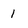
Character: 1